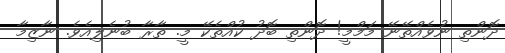
ދޮންތި ނުވެއްތޭނޭ މަމްމީ! ދޮންތި ބޮދު ކުއްތެކޭ މީ. ތާރާ ބުނެލިއެވެ. ނާޒިމާ